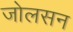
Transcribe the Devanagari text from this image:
जोलसन